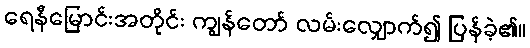
ရေနီမြောင်းအတိုင်း ကျွန်တော် လမ်းလျှောက်၍ ပြန်ခဲ့၏။